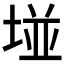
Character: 𡌶